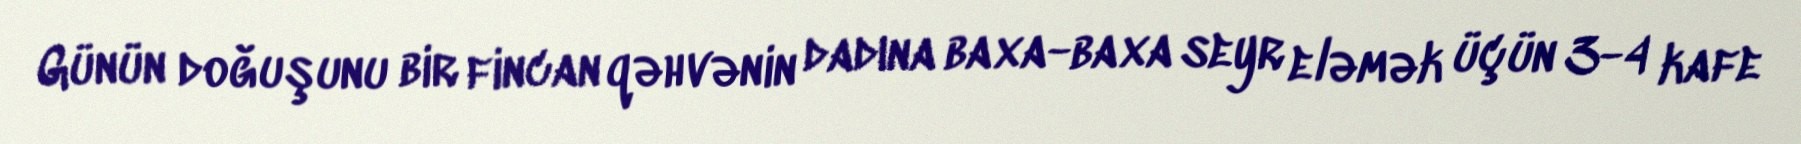
Günün doğuşunu bir fincan qəhvənin dadına baxa-baxa seyr eləmək üçün 3-4 kafe